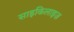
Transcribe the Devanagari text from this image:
साइकिलाइज़